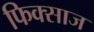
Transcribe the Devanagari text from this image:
फिक्साज